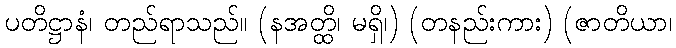
ပတိဋ္ဌာနံ၊ တည်ရာသည်။ (နအတ္ထိ၊ မရှိ၊) (တနည်းကား) (ဇာတိယာ၊